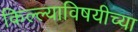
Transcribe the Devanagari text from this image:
किल्ल्याविषयीच्या